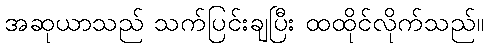
အဆုယာသည် သက်ပြင်းချပြီး ထထိုင်လိုက်သည်။